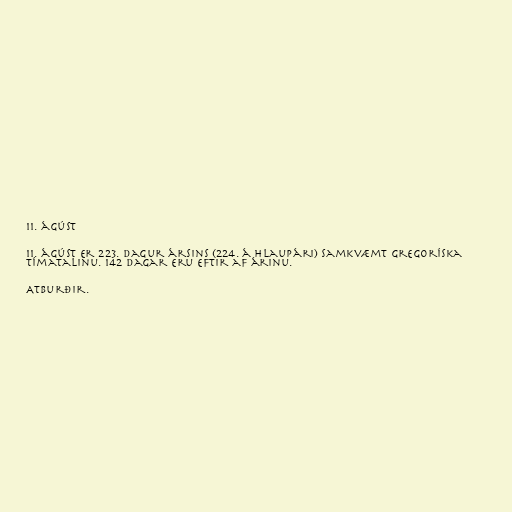
11. ágúst

11. ágúst er 223. dagur ársins (224. á hlaupári) samkvæmt gregoríska
tímatalinu. 142 dagar eru eftir af árinu.

Atburðir.